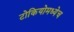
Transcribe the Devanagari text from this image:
टोकियोमध्येच